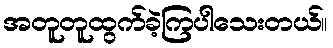
အတူတူထွက်ခဲ့ကြပါသေးတယ်။